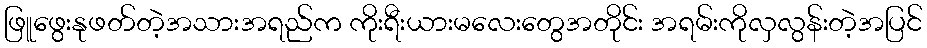
ဖြူဖွေးနုဖတ်တဲ့အသားအရည်က ကိုးရီးယားမလေးတွေအတိုင်း အရမ်းကိုလှလွန်းတဲ့အပြင်